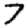
Digit: 7